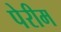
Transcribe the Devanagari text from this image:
पेरीम